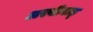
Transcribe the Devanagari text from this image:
अरबीयाह्